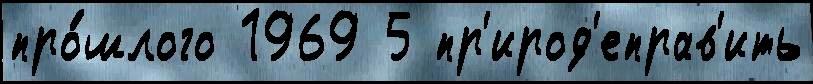
про́шлого 1969 5 пр'ирод'еправ'ить